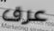
عرق